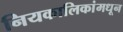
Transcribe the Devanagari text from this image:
नियकालिकांमधून